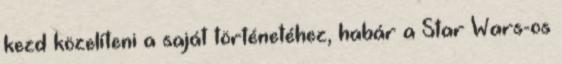
kezd közelíteni a saját történetéhez, habár a Star Wars-os